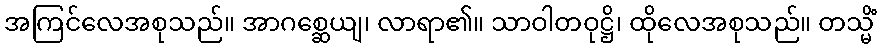
အကြင်လေအစုသည်။ အာဂစ္ဆေယျ၊ လာရာ၏။ သာဝါတဝုဋ္ဌိ၊ ထိုလေအစုသည်။ တသ္မိံ